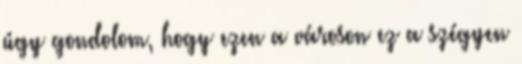
úgy gondolom, hogy ezen a városon ez a szégyen